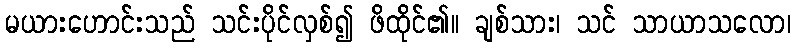
မယားဟောင်းသည် သင်းပိုင်လှစ်၍ ဖိထိုင်၏။ ချစ်သား၊ သင် သာယာသလော၊